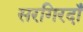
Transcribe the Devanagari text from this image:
सरगिरदाँ